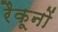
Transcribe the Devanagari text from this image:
रैकूनों